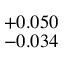
^ { + 0 . 0 5 0 } _ { - 0 . 0 3 4 }